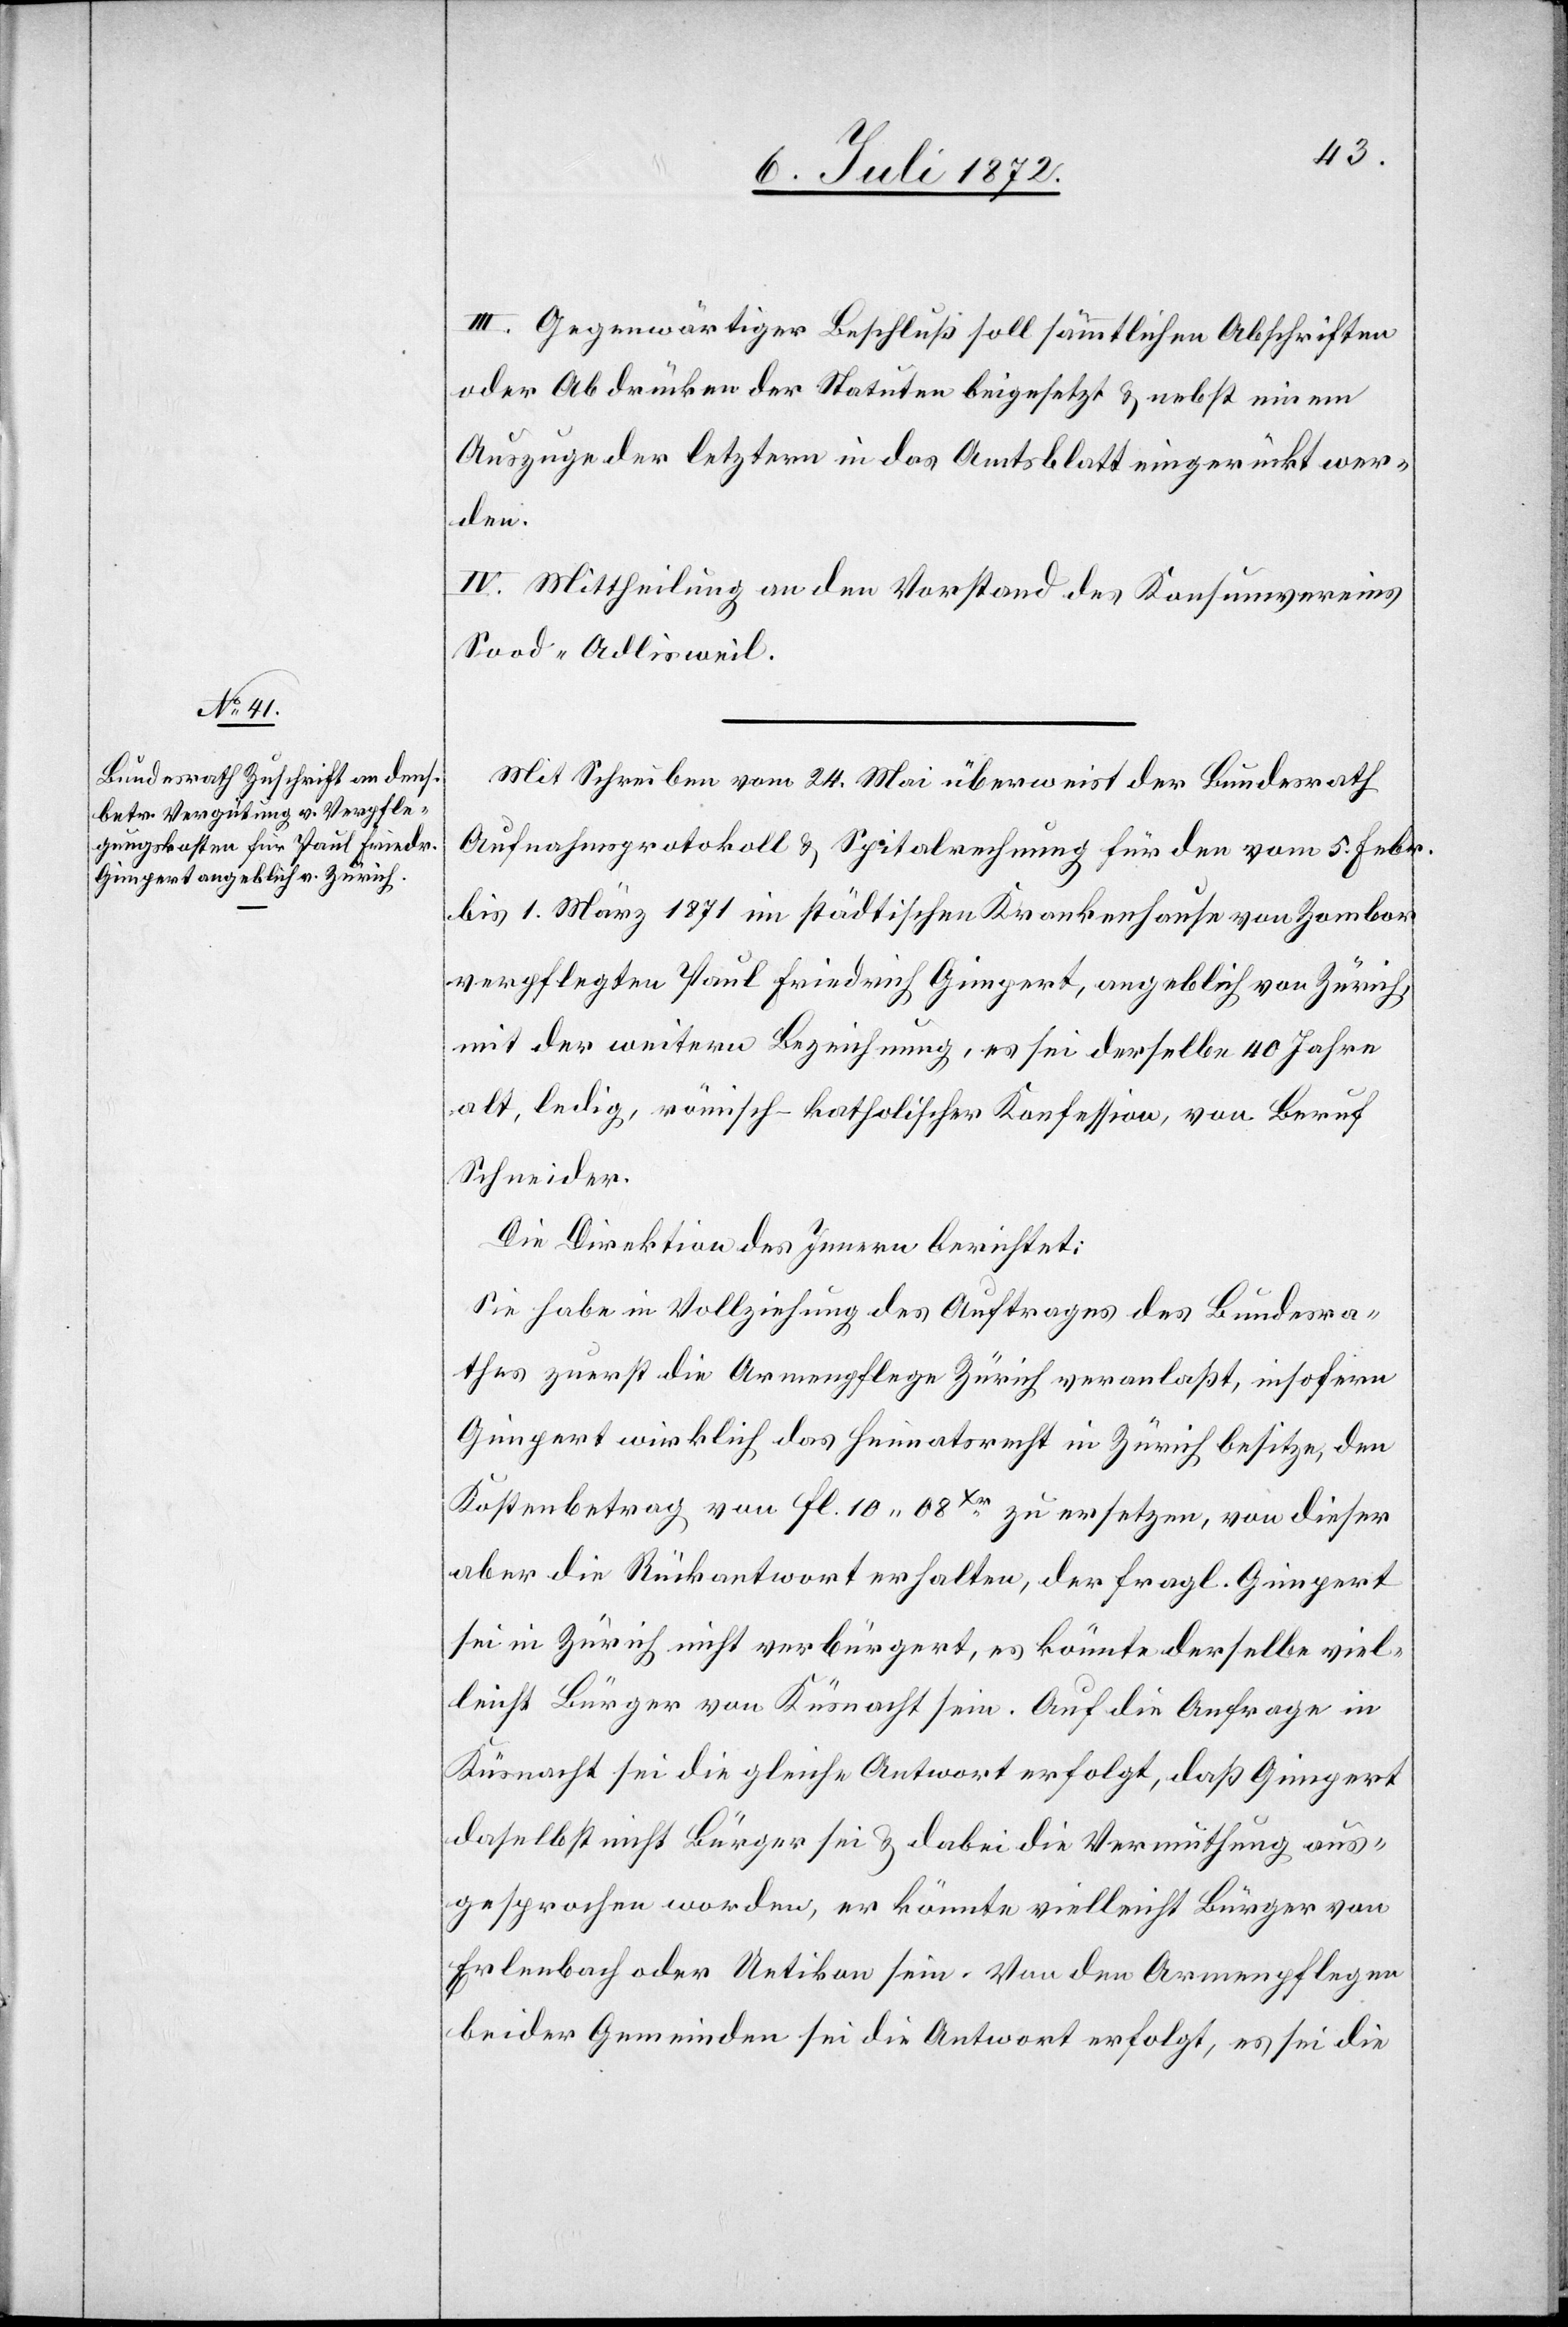
III. Gegenwärtiger Beschluß soll sämmtlichen Abschriften
oder Abdrücken der Statuten beigesetzt u. nebst einem
Auszuge der letztern in das Amtsblatt eingerückt wer¬
den.
IV. Mittheilung an den Vorstand des Konsumvereins
Sood-Adlisweil.
Mit Schreiben vom 24. Mai überweist der Bundesrath
Aufnahmsprotokoll u. Spitalrechnung für den vom 5. Febr.
bis 1. März 1871 im städtischen Krankenhause von Zombor
verpflegten Paul Friedrich Gimpert, angeblich von Zürich,
mit der weitern Bezeichnung, es sei derselbe 40 Jahre
alt, ledig, römisch-katholischer Konfession, von Beruf
Schneider.
Die Direktion des Innern berichtet:
Sie habe in Vollziehung des Auftrages des Bundesra¬
thes zuerst die Armenpflege Zürich veranlaßt, insofern
Gimpert wirklich das Heimatsrecht in Zürich besitze, den
Kostenbetrag von fl. 10 08Xr zu ersetzen, von dieser
aber die Rückantwort erhalten, der fragl. Gimpert
sei in Zürich nicht verbürgert, es könnte derselbe viel¬
leicht Bürger von Küsnacht sein. Auf die Anfrage in
Küsnacht sei die gleiche Antwort erfolgt, daß Gimpert
daselbst nicht Bürger sei u. dabei die Vermuthung aus¬
gesprochen worden, er könnte vielleicht Bürger von
Erlenbach oder Uetikon sein. Von den Armenpflegen
beider Gemeinden sei die Antwort erfolgt, es sei die